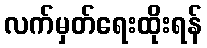
လက်မှတ်ရေးထိုးရန်